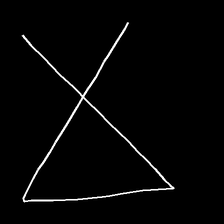
Glyph: collection